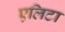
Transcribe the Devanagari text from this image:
एलिटा